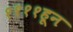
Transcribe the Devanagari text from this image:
११११हून